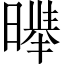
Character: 𱢣